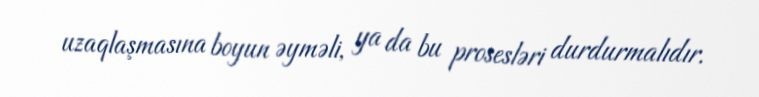
uzaqlaşmasına boyun əyməli, ya da bu prosesləri durdurmalıdır.